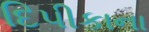
દિપીકાના